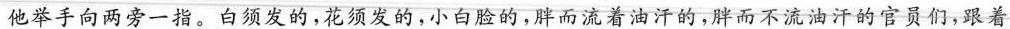
他举手向两旁一指。白须发的,花须发的,小白脸解,胖而流着油汗的,胖而不流油汗的官员们，跟着